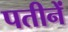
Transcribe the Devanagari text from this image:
पतीनें